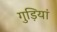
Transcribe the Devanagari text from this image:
गुड़ियां